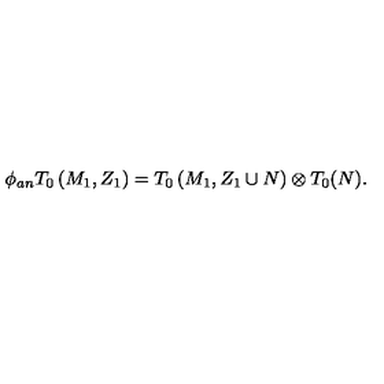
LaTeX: \phi _ { a n } T _ { 0 } \left( M _ { 1 } , Z _ { 1 } \right) = T _ { 0 } \left( M _ { 1 } , Z _ { 1 } \cup N \right) \otimes T _ { 0 } ( N ) .